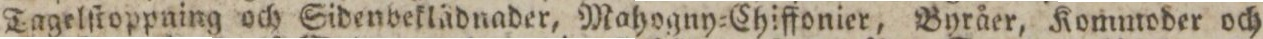
Tagelſtoppning och Sidenbeklädnader, Mahogny=Chiffonier, Byråer, Komutoder och